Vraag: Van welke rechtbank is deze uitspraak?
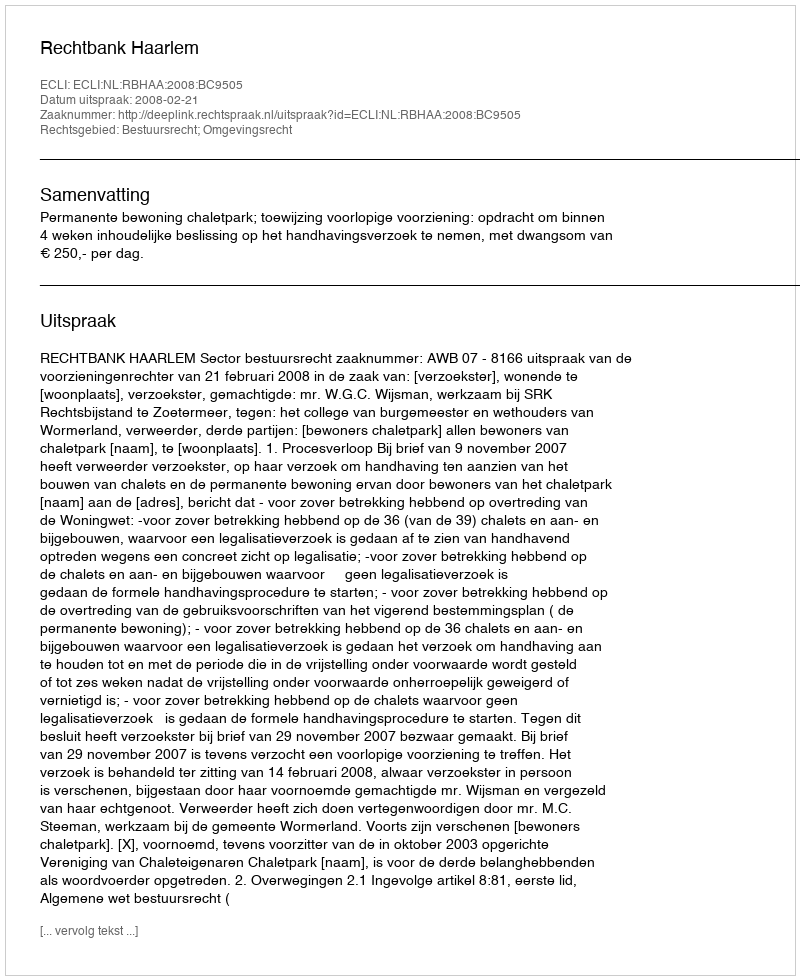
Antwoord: Rechtbank Haarlem